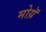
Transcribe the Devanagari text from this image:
मोय़ॅ